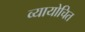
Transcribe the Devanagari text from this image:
व्यायोचित